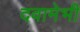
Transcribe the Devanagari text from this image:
दवामेभी